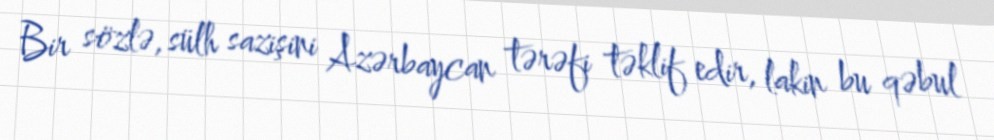
Bir sözlə, sülh sazişini Azərbaycan tərəfi təklif edir, lakin bu qəbul